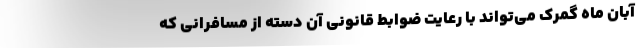
آبان ماه گمرک می‌تواند با رعایت ضوابط قانونی آن دسته از مسافرانی که